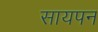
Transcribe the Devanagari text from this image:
सायपन